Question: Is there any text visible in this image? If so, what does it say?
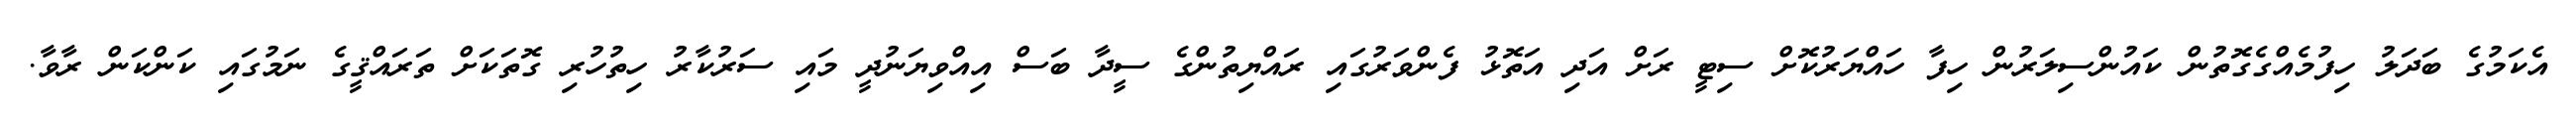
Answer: އެކަމުގެ ބަދަލު ހިފުމެއްގެގޮތުން ކައުންސިލަރުން ހިފާ ހައްޔަރުކޮށް ސިޓީ ރަށް އަދި އަތޮޅު ފެންވަރުގައި ރައްޔިތުންގެ ސީދާ ބަސް އިއްވިޔަނުދީ މައި ސަރުކާރު ހިތުހުރި ގޮތަކަށް ތަރައްޤީގެ ނަމުގައި ކަންކަން ރާވާ.